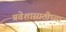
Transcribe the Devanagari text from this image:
प्रवेशासाठीच्या